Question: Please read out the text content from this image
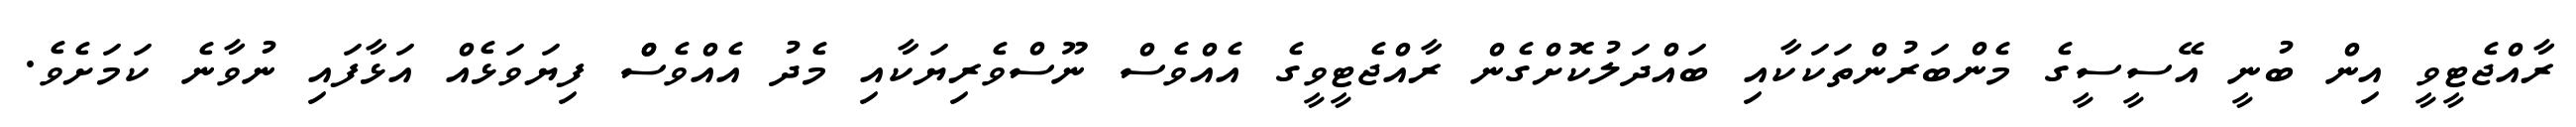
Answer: ރާއްޖެޓީވީ އިން ބުނީ އޭސީސީގެ މެންބަރުންތަކަކާއި ބައްދަލުކޮށްގެން ރާއްޖެޓީވީގެ އެއްވެސް ނޫސްވެރިޔަކާއި މެދު އެއްވެސްް ފިޔަވަޅެއް އަޅާފައި ނުވާނެ ކަމަށެވެ.